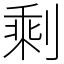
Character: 剩